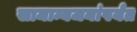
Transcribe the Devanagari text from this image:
सामान्यजनांपर्यंत